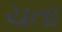
ચતા